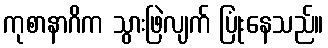
ကုစာနာဂိက သွားဖြဲလျက် ပြုံးနေသည်။